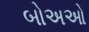
બોઅઓ